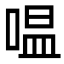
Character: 嗢